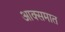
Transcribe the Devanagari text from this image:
आक्समात